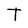
Character: T